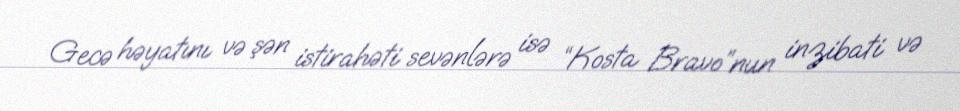
Gecə həyatını və şən istirahəti sevənlərə isə “Kosta Bravo”nun inzibati və